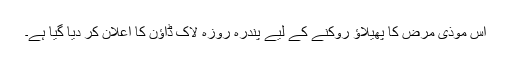
اس موذی مرض کا پھیلاؤ روکنے کے لیے پندرہ روزہ لاک ڈاؤن کا اعلان کر دیا گیا ہے۔